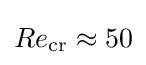
Re_{\mathrm {cr} }\approx 50